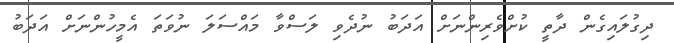
ދިގުލައިގެން ދާތީ ކުށްވެރިންނަށް އަދަބު ނުދެވި ލަސްވާ މައްސަލަ ނުވަތަ އެމީހުންނަށް އަދަބު